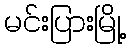
မင်းပြားမြို့